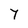
Character: 7